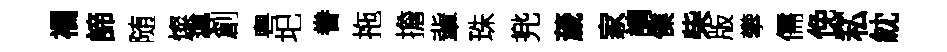
襴諦随燦導創粤圯眷拖擔軰珠兠薉家請㒒柴版攀儒俛~私紞